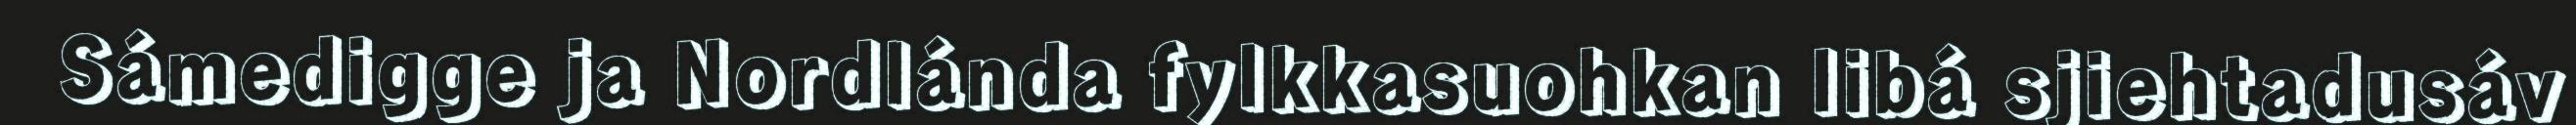
Sámedigge ja Nordlánda fylkkasuohkan libá sjiehtadusáv